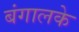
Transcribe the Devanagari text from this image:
बंगालके